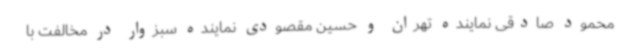
محمود صادقی نماینده تهران و حسین مقصودی نماینده سبزوار در مخالفت با